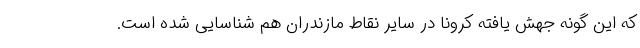
که این گونه جهش یافته کرونا در سایر نقاط مازندران هم شناسایی شده است.